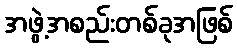
အဖွဲ့အစည်းတစ်ခုအဖြစ်